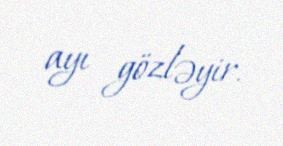
ayı gözləyir.